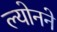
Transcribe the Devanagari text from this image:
ल्योनने